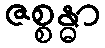
ဇစ္စန္ဓာ